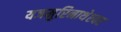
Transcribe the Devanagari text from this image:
यजमुरिनाथेश्‍वर